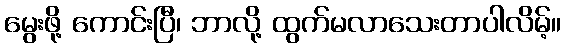
မွေးဖို့ ကောင်းပြီ၊ ဘာလို့ ထွက်မလာသေးတာပါလိမ့်။